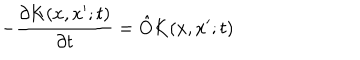
- { \frac { \partial K ( x , x ^ { \prime } ; t ) } { \partial t } } = { \hat { O } } K ( x , x ^ { \prime } ; t )